Triennial report on the lunatic asylums in the province of Eastern Bengal and Assam - 1903-1911
Year: 1903
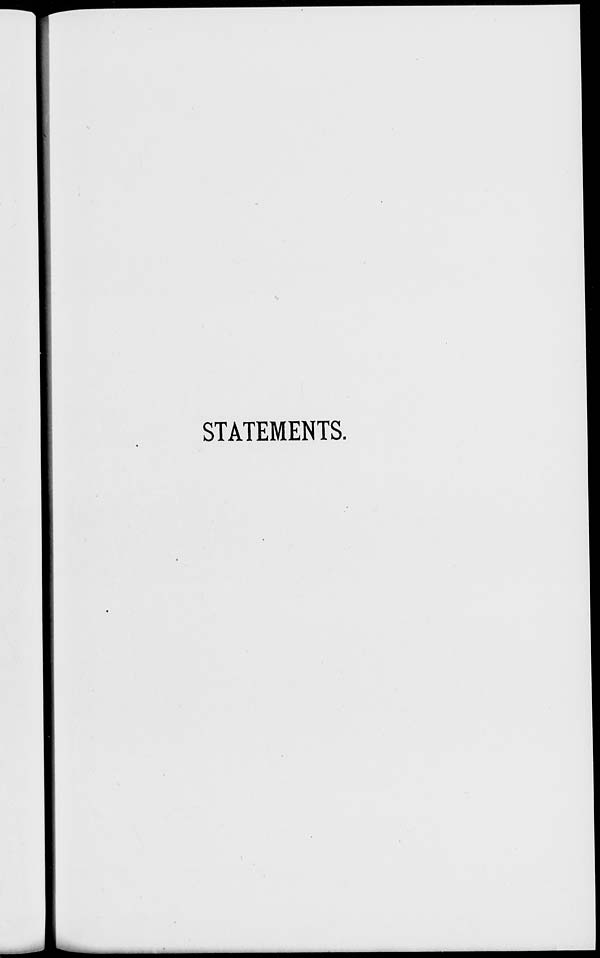
STATEMENTS.